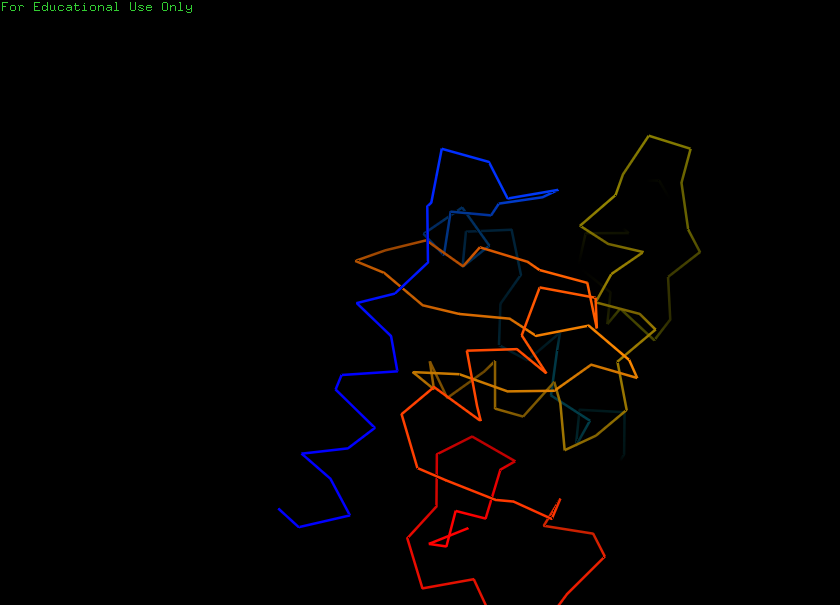
pymol, preset, ligand_sites_hq